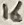
Text: 16